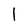
Character: l